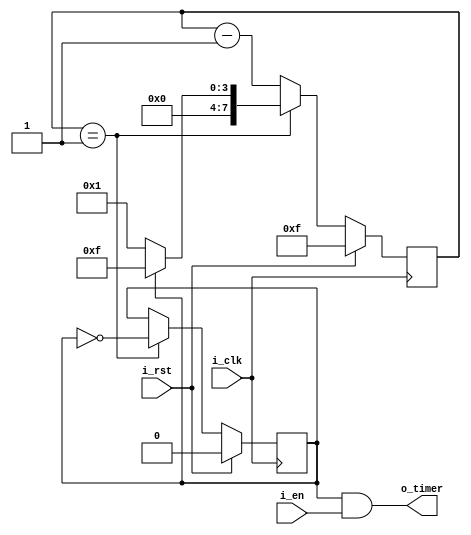
// These modules only work with even clock dividers!

// Sends a single pulse of the width of the clk @ interval i_t
// Meant to be used with time sensitive items.
module const_time_interval 
#(parameter C_BITS = 8, C_F = 16, C_OFFSET = 0) (
    input i_clk,  // clock
    input i_rst,    // reset
    input i_en,
   
    output o_timer
  );
 
  reg r_state = 0;
  reg[C_BITS-1:0] r_pwn_counter = C_F - 1 - C_OFFSET;
  
  assign o_timer = r_state && i_en;
 
  always @(posedge i_clk) begin
      if(i_rst) begin
        r_pwn_counter <= C_F - 1;
        r_state <= 0;
      end else begin
        if(r_pwn_counter == 1) begin
        
          r_state <= ~r_state;
          r_pwn_counter <= r_state ? C_F - 1: 1;
        
        end else begin
          r_pwn_counter <= r_pwn_counter - 1;
        end
      end          
    
  end
  
  
endmodule

module var_time_interval #(parameter C_BITS = 8) (
    input i_clk,  // clock
    input i_rst,    // reset
    input i_en,
    
    input [C_BITS-1:0] i_f,     // 1/i_t
    output o_timer
  );

  
  reg r_state = 0;
  reg[C_BITS-1:0] r_pwn_counter = 1;
  reg[C_BITS-1:0] last_f = 0;
  
  assign o_timer = r_state && i_en;
 
  always @(posedge i_clk) begin
  
      last_f <= i_f;
  
      if((last_f != i_f) || i_rst) begin
        r_pwn_counter <= i_f - 1;
        r_state <= 0;
      end else begin
        if(r_pwn_counter == 1) begin
        
          r_state <= ~r_state;
          r_pwn_counter <= r_state ? i_f - 1: 1;
        
        end else begin
          r_pwn_counter <= r_pwn_counter - 1;
        end
      end          
    
  end
  
  
endmodule